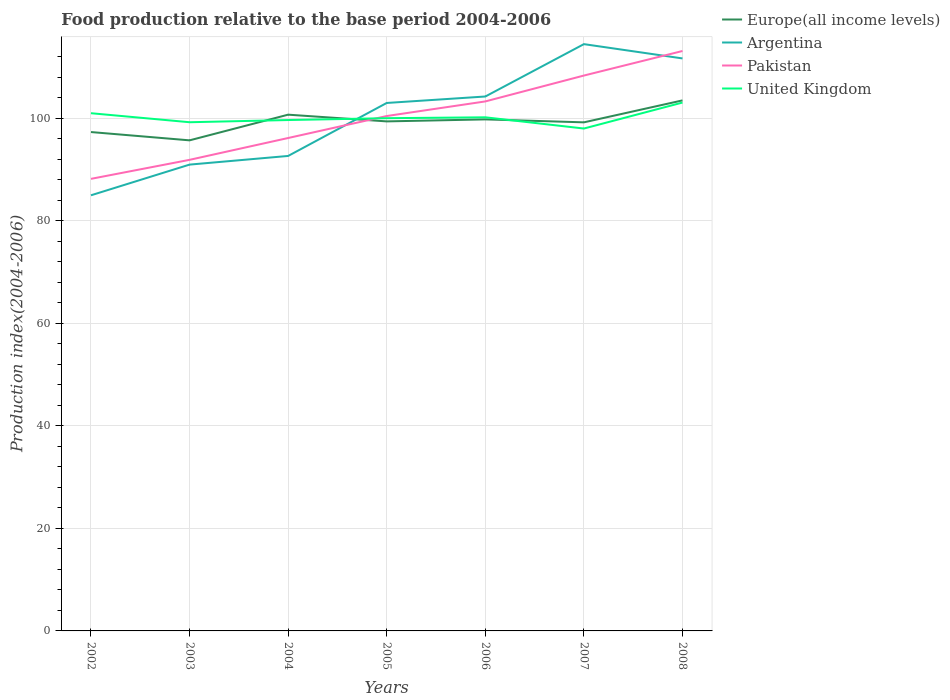
| Years | Europe(all income levels) | Argentina | Pakistan | United Kingdom |
 | --- | --- | --- | --- | --- |
 | 2002 | 97.4 | 85 | 88.2 | 101 |
 | 2003 | 95.7 | 91 | 91.9 | 99.3 |
 | 2004 | 101 | 92.7 | 96.2 | 99.7 |
 | 2005 | 99.4 | 103 | 100 | 100 |
 | 2006 | 99.8 | 104 | 103 | 100 |
 | 2007 | 99.2 | 115 | 108 | 98 |
 | 2008 | 104 | 112 | 113 | 103 |